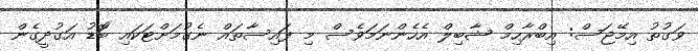
ވަގުތު އިމޭޖަސް: އިބްރާހިމް ޝާބިލް އެހެންނަމަވެސް މި ފައިސާތައް ނެގުމަށްޓަކައި ބޮަޑު އަގުދީގެން